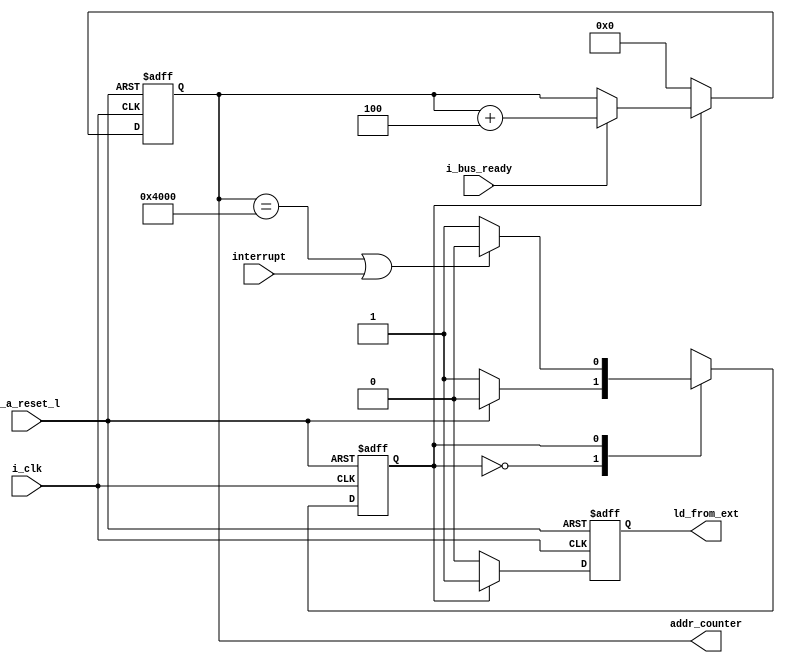
// Company           :   tud                      
//                    			
// Project Name      :   prz    
// Subproject Name   :   main    
// Description       :   Unit for loading pram from the bus.          
//
// Last Change       :   $Date: 2021-03-11 17:39:50 +0100 (Thu, 11 Mar 2021) $
// by                :   $Author: vepr19 $                  			
//------------------------------------------------------------
`timescale 1ns/10ps
module init_controller ( 
			input i_clk,
			input i_a_reset_l,
			input interrupt,
			input i_bus_ready,
			output  reg ld_from_ext,
			output reg [15:0]addr_counter

			);


	parameter IDLE =1'b0;
	parameter COUNTER =1'b1;
	reg state,nextstate;
	reg [15:0]add_counter_nxt;

       
	always@( * ) begin
		nextstate =state;
		add_counter_nxt =addr_counter;
		case(state)

		IDLE:nextstate = (!i_a_reset_l) ? COUNTER : IDLE;

		COUNTER:begin
			nextstate =((addr_counter == 16'h4000)  || interrupt)? IDLE : COUNTER;
				if(i_bus_ready)begin
				add_counter_nxt =addr_counter+16'd4;
				end
			end

		endcase

	end
	
	always@(posedge i_clk or negedge i_a_reset_l ) begin
		if(!i_a_reset_l) begin
			state<=COUNTER;
			addr_counter<= 16'd0;
			ld_from_ext <=  1'b1;
		end
		else  begin
			state<=nextstate;
			addr_counter <= state ==COUNTER ?  add_counter_nxt : 16'd0;
			ld_from_ext <= state ==COUNTER ? 1'b1 :1'b0;

		end
	end

endmodule